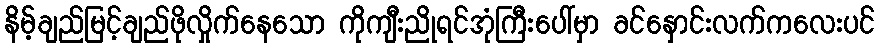
နိမ့်ချည်မြင့်ချည်ဖိုလှိုက်နေသော ကိုကျီးညိုရင်အုံကြီးပေါ်မှာ ခင်နှောင်းလက်ကလေးပင်